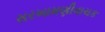
સરખામણીવાચક